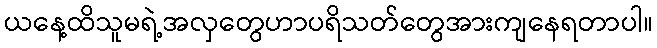
ယနေ့ထိသူမရဲ့အလှတွေဟာပရိသတ်တွေအားကျနေရတာပါ။